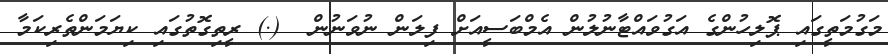
މަގުމަތީގައި ޕޮލިހުންގެ އަގުވައްޓާނުލުން އެމްބަސީއަށް ފިލަން ނުވަނުން  (.) ރީތިގޮތުގައި ކިޔަމަންތެރިކަމާ